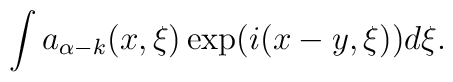
\int a_{\alpha-k}(x,\xi)\exp(i(x-y,\xi))d\xi.